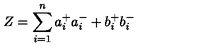
Z = \sum _ { i = 1 } ^ { n } a _ { i } ^ { + } a _ { i } ^ { - } + b _ { i } ^ { + } b _ { i } ^ { - }